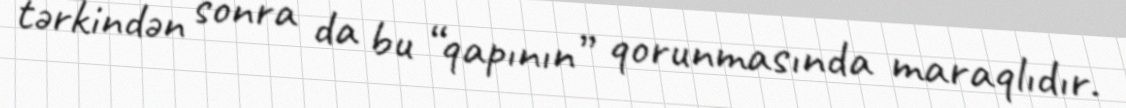
tərkindən sonra da bu “qapının” qorunmasında maraqlıdır.